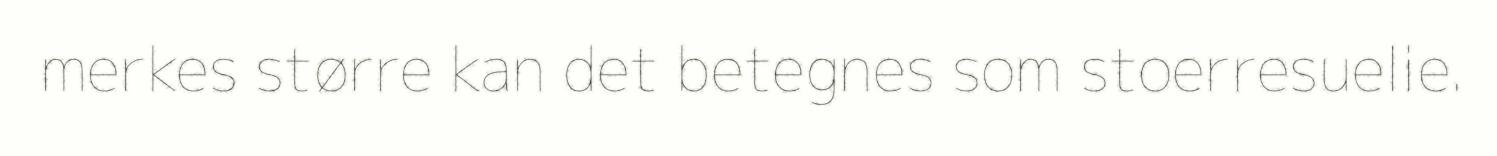
merkes større kan det betegnes som stoerresuelie.